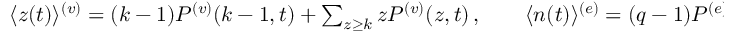
\begin{array} { r } { \begin{array} { r } { \langle z ( t ) \rangle ^ { ( v ) } = ( k - 1 ) P ^ { ( v ) } ( { k - 1 } , { t } ) + \sum _ { z \ge k } z P ^ { ( v ) } ( { z } , { t } ) \, , \qquad \langle n ( t ) \rangle ^ { ( e ) } = ( q - 1 ) P ^ { ( e ) } ( { q - 1 } , { t } ) + \sum _ { n \ge q } n P ^ { ( e ) } ( { n } , { t } ) \, . } \end{array} } \end{array}